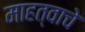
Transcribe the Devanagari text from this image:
माहत्वाचे